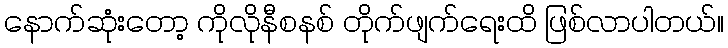
နောက်ဆုံးတော့ ကိုလိုနီစနစ် တိုက်ဖျက်ရေးထိ ဖြစ်လာပါတယ်။